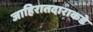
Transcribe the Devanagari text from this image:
जाहिरातदाराकडे